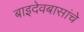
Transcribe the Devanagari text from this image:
बाइदेवबासांचे